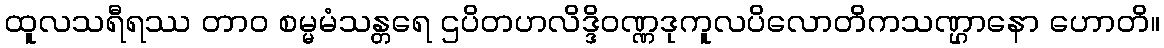
ထူလသရီရဿ တာဝ စမ္မမံသန္တရေ ဌပိတဟလိဒ္ဒိဝဏ္ဏဒုကူလပိလောတိကသဏ္ဌာနော ဟောတိ။